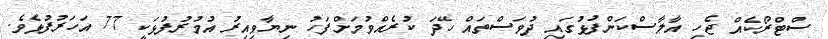
ސްޓްރޯކެއް ޖެހި އާލާސްކަންފުޅުގައި ދުވަސްތައް ހޭދަ ކުރެއްވުމަށްފަހު ނިޔާވިއިރު އުމުރުފުޅަކީ 77 އަހަރުފުޅެވެ.